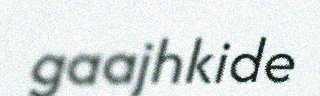
gaajhkide